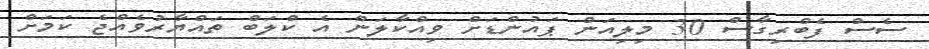
ސެސް ފެބްރިގާސް 30 މިލިއަން ޕައުންޑަށް ވިއްކާލަން އެ ކްލަބް ތައްޔާރުވެއްޖެ ކަމަށް